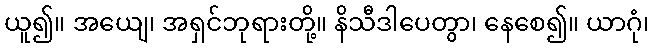
ယူ၍။ အယျေ၊ အရှင်ဘုရားတို့။ နိသီဒါပေတွာ၊ နေစေ၍။ ယာဂုံ၊